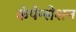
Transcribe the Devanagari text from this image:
कंपेन्सेशन